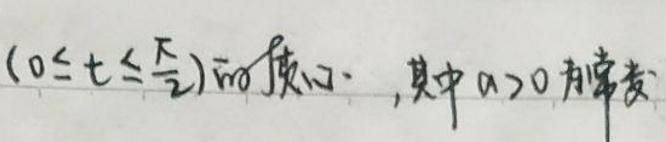
$(0\leq t\leq\frac{\pi}{2})$的弧度，其中$\omega>0$的常数